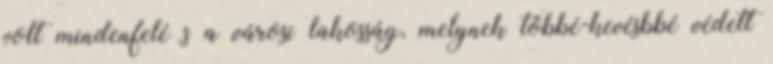
volt mindenfelé s a városi lakosság, melynek többé-kevésbbé védett